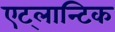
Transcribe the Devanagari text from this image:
एट्लान्टिक